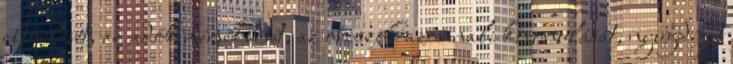
eltörlését, az adók mérséklését, az oroszok azonnali kivonulását, nyugdíjat